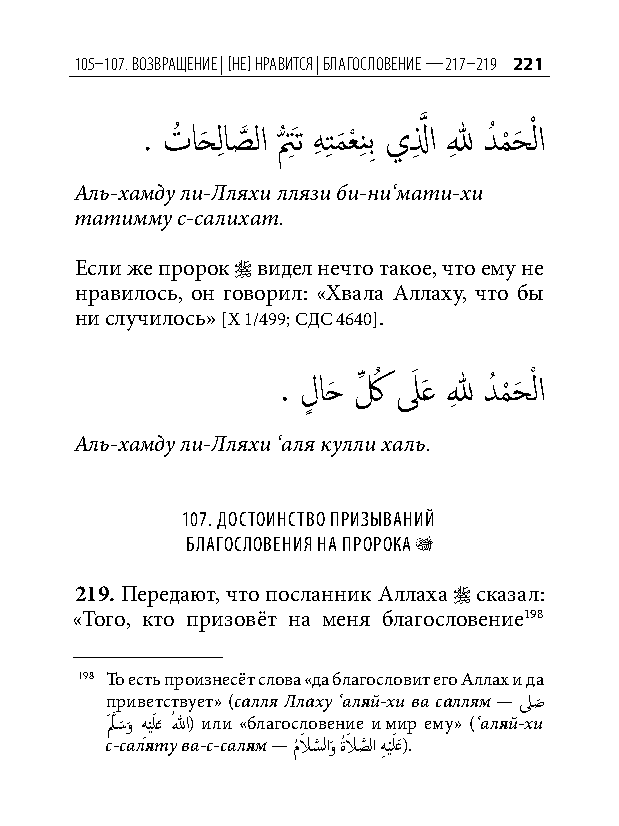
105–107. возвращение | [не] нравится | благословение — 217–219 221
 . تُ احَ لِ اصَّذ لا ت ُّ َِت هِ تِ م َ عْ نِ بِ يلِ َّذ ا للهِ دُ م ْ حَ ْ لا
 Аль-хамду ли-Лляхи ллязи би-ни‘мати-хи
 татимму с-салихат.
 Если же пророк  видел нечто такое, что ему не
 нравилось, он говорил: «Хвала Аллаху, что бы
 ни случилось» [Х 1/499; СДС 4640].
 . لٍ احَ كِّ ُ لَ َع للهِ دُ م
 ْ
 حَ ْ لا
 Аль-хамду ли-Лляхи ‘аля кулли халь.
 107. доСтоинСтво призываний
 благоСловения на пророка r
 219. Передают, что посланник Аллаха  сказал:
 «Того, кто призовёт на меня благословение198
 198 То есть произнесёт слова «да благословит его Аллах и да
 приветствует» (салля Ллаху ‘аляй-хи ва саллям — لصَ
 لََّذ�َوَ هِيْلَعَ اللهُ ) или «благословение и мир ему» (‘аляй-хи
 с-саляту ва-с-салям — مُلاَ سَّذ لاوَ ةُلاَ صَّذ لا هِيْلَعَ).